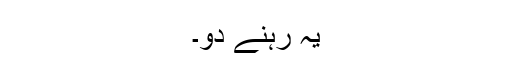
يہ رہنے دو۔